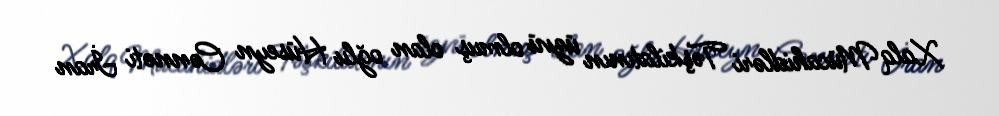
Xalq Mücahidləri Təşkilatının üzvü olmuş olan oğlu Hüseyn Cənnəti İran